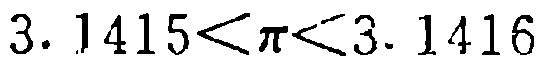
\(3.1415<\pi<3.1416\)